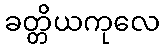
ခတ္တိယကုလေ